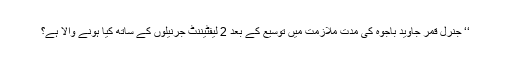
‘‘ جنرل قمر جاوید باجوہ کی مدت ملازمت میں توسیع کے بعد 2 لیفٹیننٹ جرنیلوں کے ساتھ کیا ہونے والا ہے؟